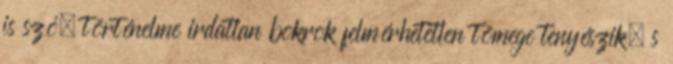
is szó, történelme irdatlan bokrok felmérhetetlen tömege tenyészik, s